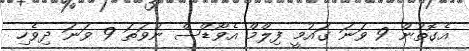
އެގޮތުން 9 ވަނަ ގައުމީ ފިލްމް އެވޯޑްސް ނުވަތަ 9 ވަނަ ދިވެހި